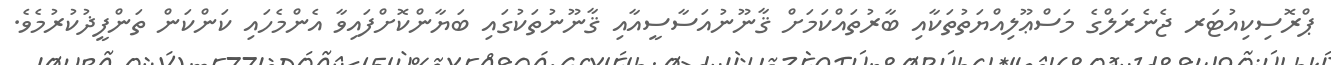
ޕްރޮސިކިއުޓަރ ޖެނެރަލްގެ މަސްޢޫލިއްޔަތުތަކާއި ބާރުތައްކަމަށް ޤާނޫނުއަސާސީއާއި ޤާނޫނުތަކުގައި ބަޔާންކޮށްފައިވާ އެންމެހައި ކަންކަން ތަންފީޛުކުރުމެވެ.